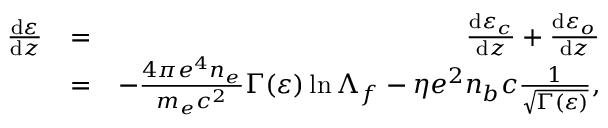
\begin{array} { r l r } { \frac { \mathrm { d } \varepsilon } { \mathrm { d } z } } & { = } & { \frac { \mathrm { d } \varepsilon _ { c } } { \mathrm { d } z } + \frac { \mathrm { d } \varepsilon _ { o } } { \mathrm { d } z } } \\ & { = } & { - \frac { 4 \pi e ^ { 4 } n _ { e } } { m _ { e } c ^ { 2 } } \Gamma ( \varepsilon ) \ln { \Lambda _ { f } } - \eta e ^ { 2 } n _ { b } c \frac { 1 } { \sqrt { \Gamma ( \varepsilon ) } } , } \end{array}